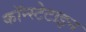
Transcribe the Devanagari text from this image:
कॉन्स्टेटाइन